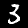
Digit: 3